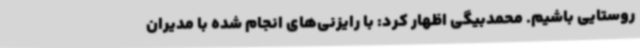
روستایی باشیم. محمدبیگی اظهار کرد: با رایزنی‌های انجام شده با مدیران